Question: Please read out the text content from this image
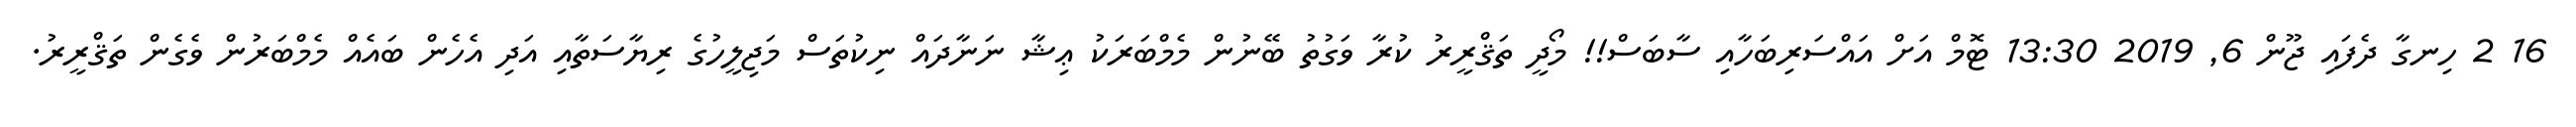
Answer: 16 2 ހިނގާ ދެފައި ޖޫން 6, 2019 13:30 ޓޮމް އަށް އައްސަރިބަހާއި ސާބަސް!! މޯދީ ތަޤްރީރު ކުރާ ވަގުތު ބޭނުން މެމްބަރަކު ޢިޝާ ނަނާދައް ނިކުތަސް މަޖިލީހުގެ ރިޔާސަތާއި އަދި އެހެން ބައެއް މެމްބަރުން ވެގެން ތަޤްރީރު.